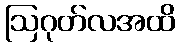
ဩဂုတ်လအထိ